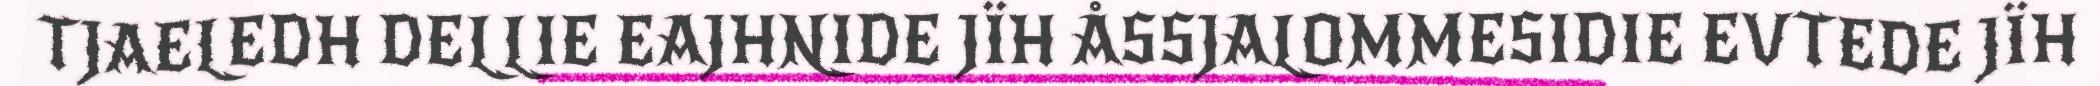
TJAELEDH DELLIE EAJHNIDE JÏH ÅSSJALOMMESIDIE EVTEDE JÏH